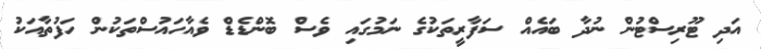
އަދި ޓޫރިސްޓުން ނުދާ ބައެއް ސަފާރީތަކުގެ ނަމުގައި ވެސް ބޮންޑެޑް ވެއާހައުސްތަކުން ހަފުތާއަކު